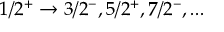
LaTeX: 1 / 2 ^ { + } \to 3 / 2 ^ { - } , 5 / 2 ^ { + } , 7 / 2 ^ { - } , . . .